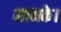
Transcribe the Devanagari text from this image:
मामके।